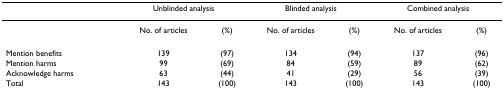
<table><thead><tr><td></td><td colspan="2"><b>Unblinded analysis</b></td><td colspan="2"><b>Blinded analysis</b></td><td colspan="2"><b>Combined analysis</b></td></tr></thead><tbody><tr><td></td><td>No. of articles</td><td>(%)</td><td>No. of articles</td><td>(%)</td><td>No. of articles</td><td>(%)</td></tr><tr><td>Mention benefits</td><td>139</td><td>(97)</td><td>134</td><td>(94)</td><td>137</td><td>(96)</td></tr><tr><td>Mention harms</td><td>99</td><td>(69)</td><td>84</td><td>(59)</td><td>89</td><td>(62)</td></tr><tr><td>Acknowledge harms</td><td>63</td><td>(44)</td><td>41</td><td>(29)</td><td>56</td><td>(39)</td></tr><tr><td>Total</td><td>143</td><td>(100)</td><td>143</td><td>(100)</td><td>143</td><td>(100)</td></tr></tbody></table>